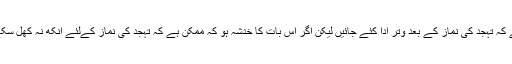
(۴) وتر کی نماز کے لئے افضل وقت یہ ہے کہ تہجد کی نماز کے بعد وتر ادا کئے جائیں لیکن اگر اس بات کا خدشہ ہو کہ ممکن ہے کہ تہجد کی نماز کےلئے آنکھ نہ کھل سکے تو اس صورت میں وتر قضا ہو جائےگی۔